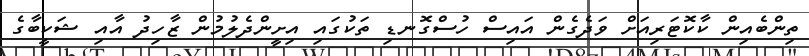
ތިންބެއިން ކާކޮޓަރިއަށް ވަދެގެން އައިސް ހުސްގޮނޑި ތަކުގައި އިށީންދެލުމުން ޒާހިދު އާއި ޝަކީބާގެ